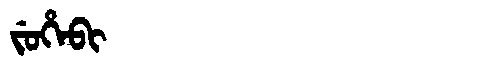
Manchu: ᠵᡠᡥᡝᠪᡳ
Romanization: JUHEBI